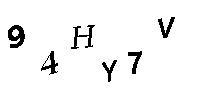
94HY7V